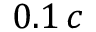
0 . 1 \, c